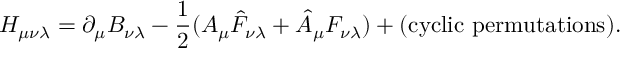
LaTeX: H _ { \mu \nu \lambda } = \partial _ { \mu } B _ { \nu \lambda } - { \frac { 1 } { 2 } } ( A _ { \mu } \hat { F } _ { \nu \lambda } + \hat { A } _ { \mu } F _ { \nu \lambda } ) + ( \mathrm { c y c l i c \ p e r m u t a t i o n s } ) .